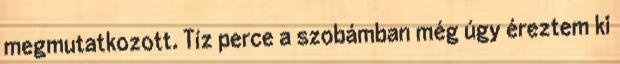
megmutatkozott. Tíz perce a szobámban még úgy éreztem ki